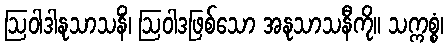
ဩဝါဒါနုသာသနိံ၊ ဩဝါဒဖြစ်သော အနုသာသနီကို။ သက္ကစ္စံ၊